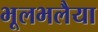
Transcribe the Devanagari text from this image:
भूलभलैया